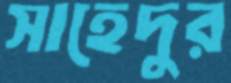
সাহেদুর